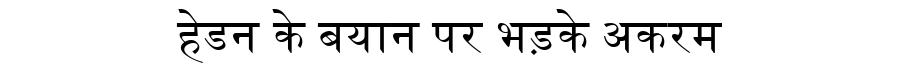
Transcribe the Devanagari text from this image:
हेडन के बयान पर भड़के अकरम